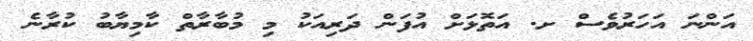
އަންނަ އަހަރުވެސް ށ. އަތޮޅަށް އުފަން ދަރިއަކު މި މުބާރާތް ކާމިޔާބު ކުރާނެ